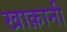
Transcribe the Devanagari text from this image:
खाक़ानी